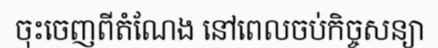
ចុះចេញពីតំណែង នៅពេលចប់កិច្ចសន្យា